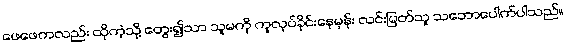
ဖေဖေကလည်း ထိုကဲ့သို့ တွေး၍သာ သူမကို ကူလုပ်ခိုင်းနေမှန်း လင်းမြတ်သူ သဘောပေါက်ပါသည်။